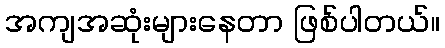
အကျအဆုံးများနေတာ ဖြစ်ပါတယ်။